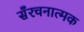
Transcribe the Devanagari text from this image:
सँरचनात्मक